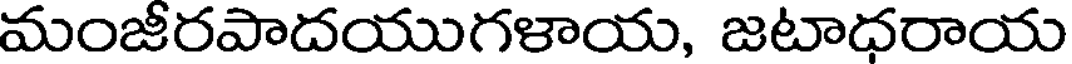
మంజీరపాదయుగళాయ, జటాధరాయ